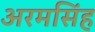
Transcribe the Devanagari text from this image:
अरमसिंह